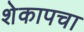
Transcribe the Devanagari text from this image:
शेकापचा